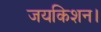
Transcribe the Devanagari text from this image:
जयकिशन।